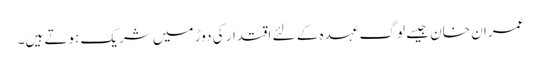
عمران خان جیسے لوگ عہدہ کے لئے اقتدار کی دوڑ میں شریک ہوتے ہیں۔